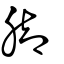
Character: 腳